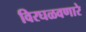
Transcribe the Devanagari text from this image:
विरघळवणारे